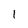
Character: 1